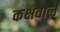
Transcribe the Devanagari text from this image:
कक्षवाले